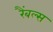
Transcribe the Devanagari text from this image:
रैंबल्स